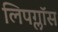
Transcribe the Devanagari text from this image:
लिपग्लॉस